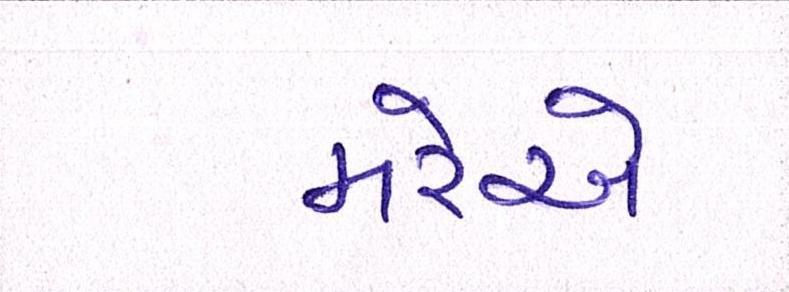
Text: મરેએ